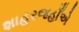
શાહરજહાઁએ